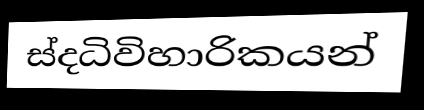
ස්දධිවිහාරිකයන්